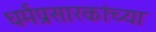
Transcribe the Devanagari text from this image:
धर्मप्रसारकांच्या